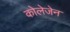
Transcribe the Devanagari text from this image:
कोलेजेन